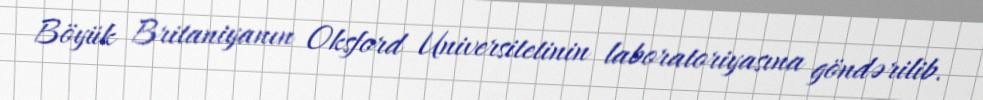
Böyük Britaniyanın Oksford Universitetinin laboratoriyasına göndərilib.